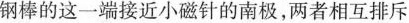
钢棒的这一端接近小磁针的南极，两者相互排斥